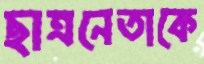
ছাত্রনেতাকে